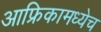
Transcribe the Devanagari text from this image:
आफ्रिकामध्येच